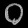
Digit: ၀